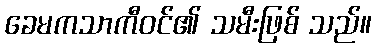
ခေမကသာကီဝင်၏ သမီးဖြစ် သည်။